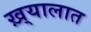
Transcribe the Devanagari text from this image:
ख़्यालात